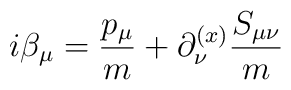
i\beta_\mu = {{p_\mu} \over m} + \partial^{(x)}_\nu {{S_{\mu\nu} \over m}}